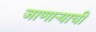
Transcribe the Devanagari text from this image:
जाणार्‍याची